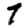
Digit: 7